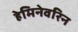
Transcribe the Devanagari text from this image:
हेमिनेवरिन